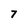
Character: 7